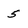
Character: 5